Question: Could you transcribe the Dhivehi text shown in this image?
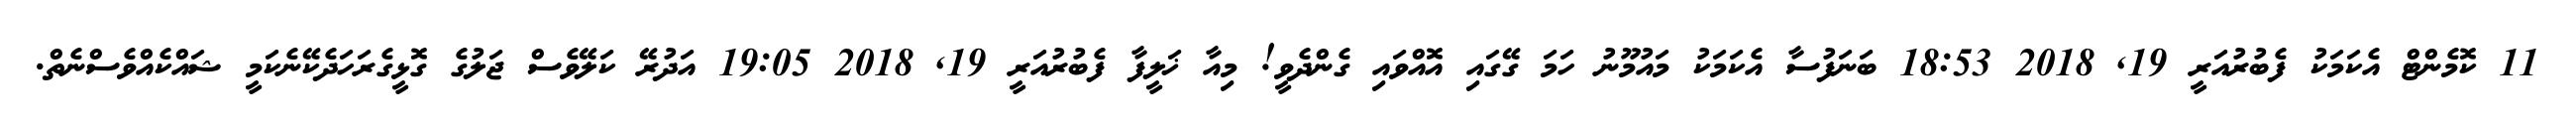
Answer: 11 ކޮމެންޓް އެކަމަކު ފެބުރުއަރީ 19, 2018 18:53 ބަނަފުސާ އެކަމަކު މައުމޫނު ހަމަ ގޭގައި އޮއްވައި ގެންދެވީ! މިއާ ޚަލީފާ ފެބުރުއަރީ 19, 2018 19:05 އަދުރޭ ކަލޭވެސް ޖަލުގެ ގޮޅީގެރަހަދެކޭނެކަމީ ޝައްކެއްވެސްނެތް.